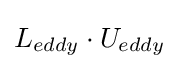
L_{eddy}\cdot U_{eddy}